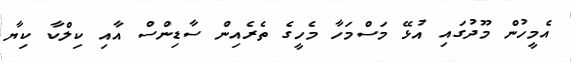
އެމީހުން މޫދުގައި އުޅޭ މަސްމަހާ މެހީގެ ތެރެއިން ސާޑިންސް އާއި ކިލްކާ ކިޔާ